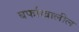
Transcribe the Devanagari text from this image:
बर्फाखालील